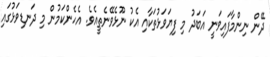
ދޭން ނިންމާފައިވަނީ އަބަދު މި ފިޔަވަޅުތަކާއި އެކު ނޫޅެވޭނެތީއެވެ. އެހެންކަމުން މި ދަނޑިވަޅުގައި